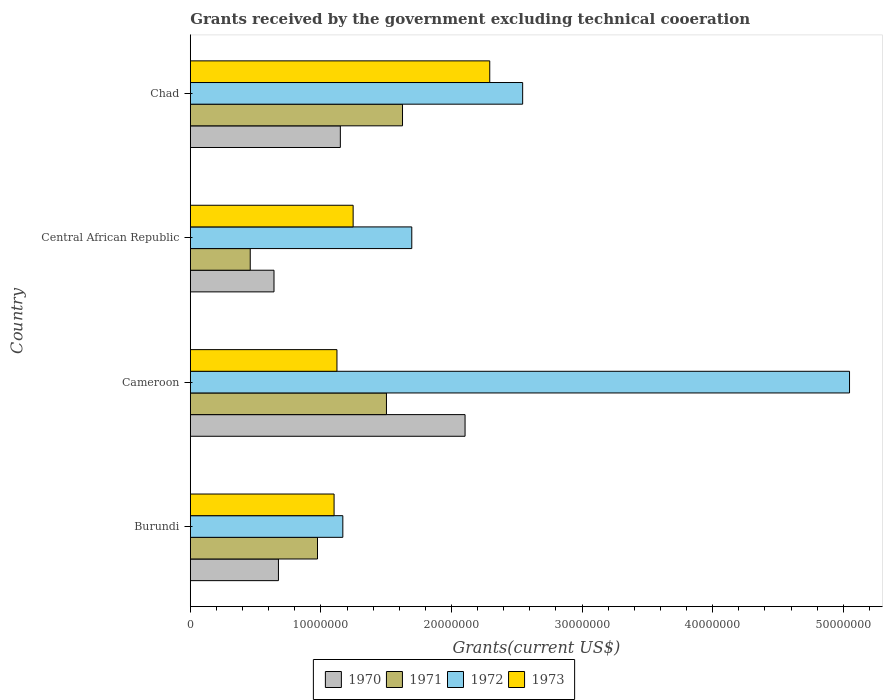
| Country | 1970 | 1971 | 1972 | 1973 |
 | --- | --- | --- | --- | --- |
 | Burundi | 6.75e+06 | 9.74e+06 | 1.17e+07 | 1.1e+07 |
 | Cameroon | 2.1e+07 | 1.5e+07 | 5.05e+07 | 1.12e+07 |
 | Central African Republic | 6.41e+06 | 4.59e+06 | 1.7e+07 | 1.25e+07 |
 | Chad | 1.15e+07 | 1.62e+07 | 2.54e+07 | 2.29e+07 |